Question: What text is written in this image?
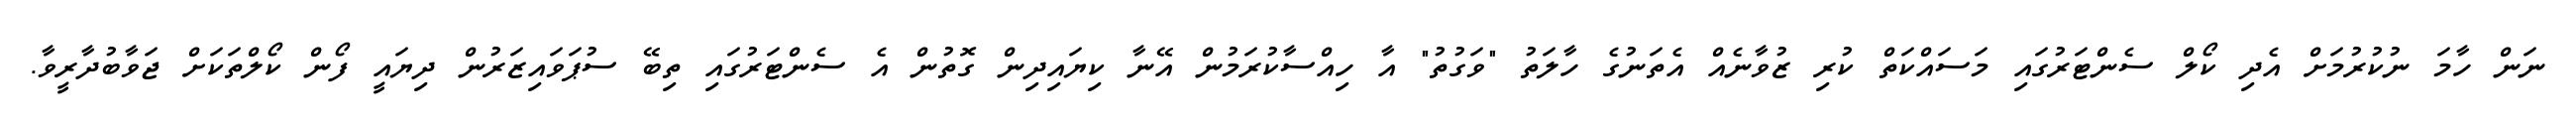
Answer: ނަން ހާމަ ނުކުރުމަށް އެދި ކޯލް ސެންޓަރުގައި މަސައްކަތް ކުރި ޒުވާނެއް އެތަނުގެ ހާލަތު "ވަގުތު" އާ ހިއްސާކުރަމުން އޭނާ ކިޔައިދިން ގޮތުން އެ ސެންޓަރުގައި ތިބޭ ސުޕަވައިޒަރުން ދިޔައީ ފޯން ކޯލްތަކަށް ޖަވާބުދާރީވާ.